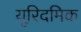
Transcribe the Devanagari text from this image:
यूरिदमिक